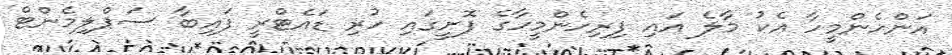
އަންހެންމީހާ އެކު މާލެ އައި ފިރިހެންމީހާގެ ފޮށީގައި ހުރި ޑައެޓްރީ ފައިބާ ސަޕްލިމެންޓް